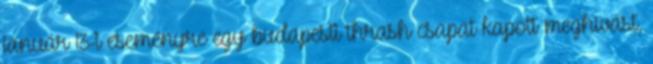
január 13-i eseményre egy budapesti thrash csapat kapott meghívást,